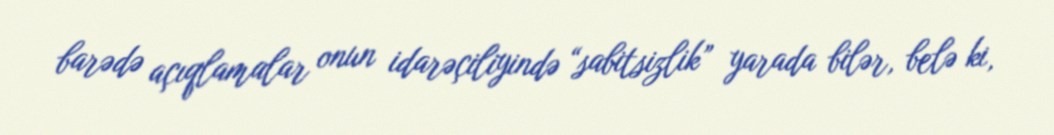
barədə açıqlamalar onun idarəçiliyində “sabitsizlik” yarada bilər, belə ki,